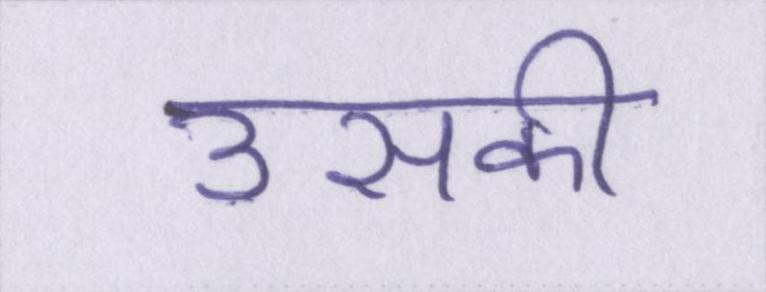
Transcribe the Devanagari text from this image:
उसकी